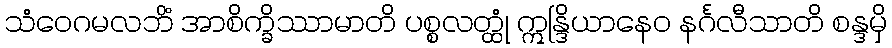
သံဝေဂမလဘိံ အာစိက္ခိဿာမာတိ ပစ္စလတ္ထုံ ဣန္ဒြိယာနေဝ နင်္ဂလီသာတိ စန္ဒမှိ